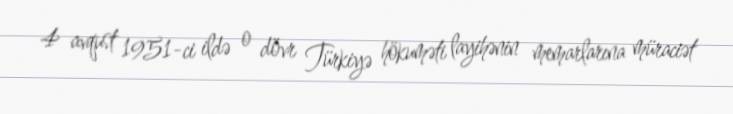
4 avqust 1951-ci ildə o dövr Türkiyə hökuməti layihənin memarlarına müraciət